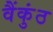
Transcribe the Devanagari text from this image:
वैंकुंठ